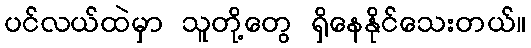
ပင်လယ်ထဲမှာ သူတို့တွေ ရှိနေနိုင်သေးတယ်။